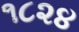
૧૮૨૪